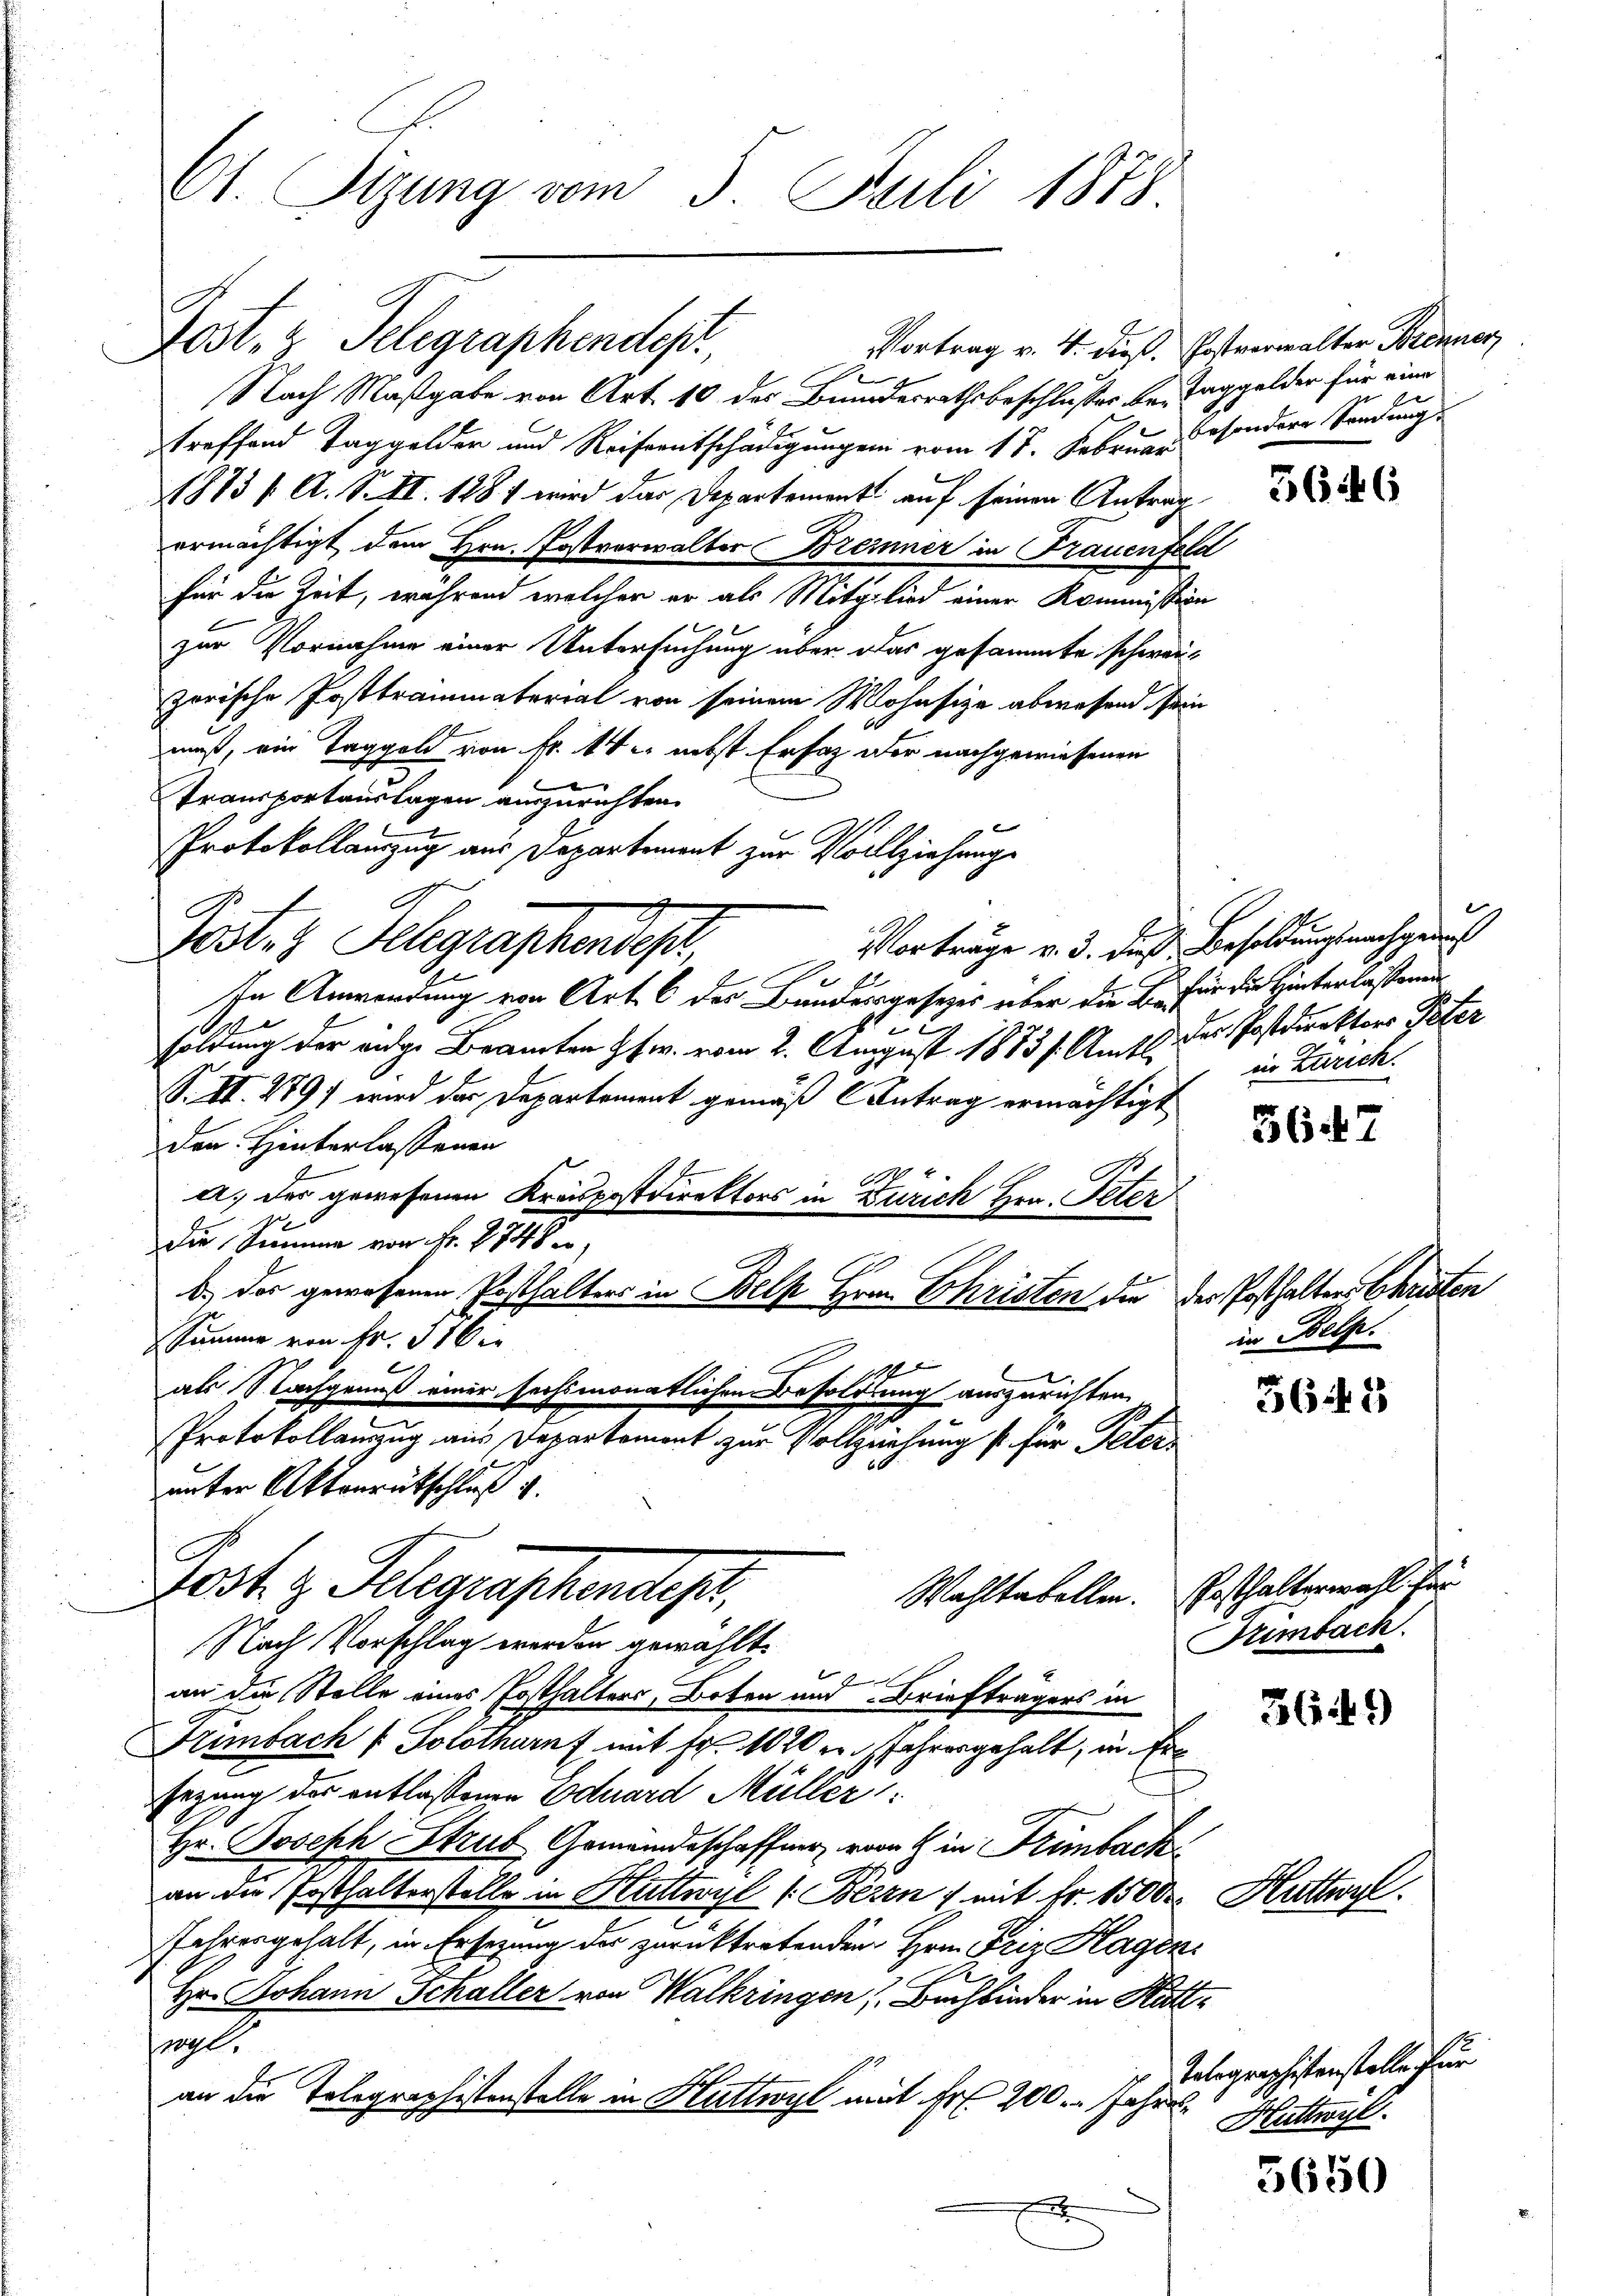
Ct. Sizung vom 5. Juli 1878.

Lost- & Telegraphendest, Vortrag v. 4. dieß. Erstverwalter Bedener,

Nach Maßgabe von Art. 10 der Bundesrathsbeschlusses bei Taggelder für eine
treffend Taggelder und Reiseentschädigungen vom 17. Februar sondere Sendung
1873 / A. S. II. 1881 wird das Departement auf seinen Antrag
ermächtigt dem Hrn. Postverwalter Breiner in Frauenfeld
für die Zeit, während welcher er als Mitglied einer Kommission
zur Vornahme einer Untersuchung über das gesammte schweizorische Posttrammaterial von seinem Wohnsige abwesend sein
muß, ein Taggeld von fr. 14 u. nebst Ersatz der nachgewiesenen
Transportauslagen anzurichten.
Vorträge v. 3. daß Besoldungsnachgen
A
In Anwendung von Art. 6 des Bandersgesezes über die Er für die Hinterlassenen
132
soldung der eidge Beamten fr. vom 2. August 1873 s. Amts der Postdirektors Peter
S. II. 279) wird der Departement gemäß Antrag ermächtigt
den Hinterlassenen
a. des gewesenen Kreispostdirektors in Zürich Hrn. Peter
Die Summe von fr. 1748,
b.) Der gewesenen Posthalters in Belk Hrn. Christen die der Posthalters Christen
Summe von Fr. Sie
19
als Nachgenuß einer sechsmonatlichen Besoldung auszurichten,
Protokollanzug aus Departement zur Vollziehung so für Peters
unter Aktenrütschluß d

Protokollanzug aus Departement zur Vollziehung
Poster Schgraschendes

Jost z. Telegraphendes,
Nach Vorschlag werden gewählt.

an die Stelle eines Posthalters, Boten und Briefträgers in
Frimbach f Solothurnf mit Fr. 1020 erfahrengehalt, in Ersezung des entlassenen Eduard Müller
Hr. Joseph Strub Gemeindeschaffung vom 4 in Frimback
an die Posthalterstelle in Huttwyl 1. Bern, mit Fr. 1500 Kutterl
fahrengehalt, in Ersezung der zurücktretenden Hrn. Friz Hagen
Hr. Johann Schaller von Walkringen Buchbinder in Kattpagl.
an die Telegraphistenstelle in Huttwyl mit Fr. 200. Jahre
x

e
in Zürich.

in Belz.

Wahltabellen. Ersthalterwahl für
Trimbach.

3646

567

3643

3649)

Telegraphistenstelle für
Huttwyl

5650